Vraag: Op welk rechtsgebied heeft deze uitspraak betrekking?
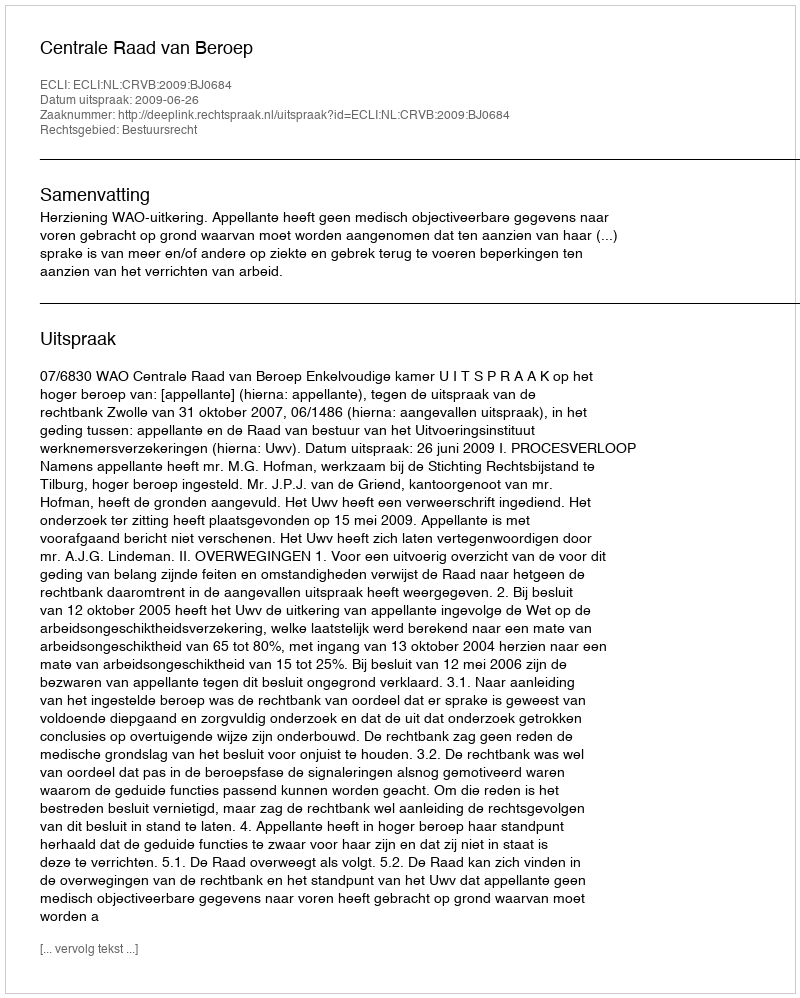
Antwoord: Bestuursrecht